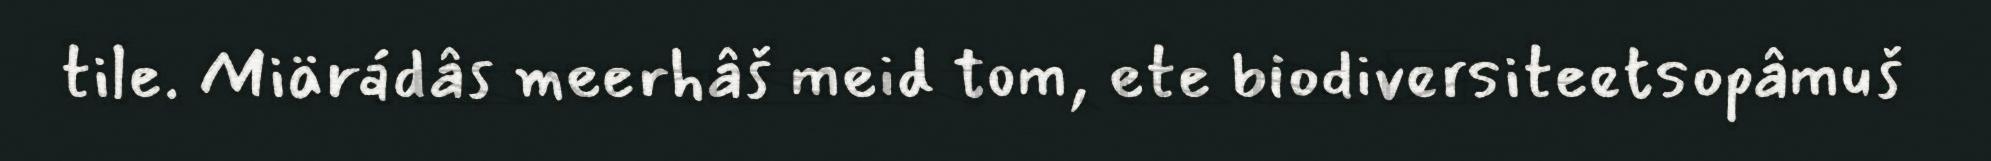
tile. Miärádâs meerhâš meid tom, ete biodiversiteetsopâmuš